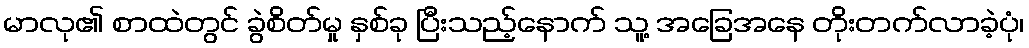
မာလု၏ စာထဲတွင် ခွဲစိတ်မှု နှစ်ခု ပြီးသည့်နောက် သူ့ အခြေအနေ တိုးတက်လာခဲ့ပုံ၊